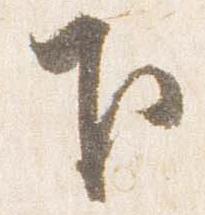
下